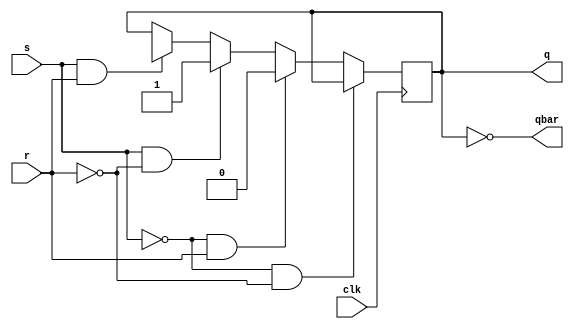
module srff(s,r,q,qbar,clk);
input s,r;
output q,qbar;
input clk;
assign qbar=~q;
reg q;
always @(posedge clk ) 
begin
    if(s==1'b0 && r==1'b0)
    q<=q;
    else if(s==1'b0 && r==1'b1)
    q<=1'b0;
    else if(s==1'b1 && r==1'b0)
    q<=1'b1;
    else if(s==1'b1 && r==1'b1)
    q<=1'bx;
end
endmodule